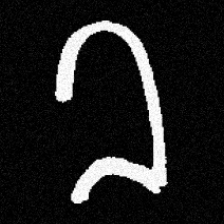
Pyu character \u2014 Myanmar letter: ခ (romanized: kha)